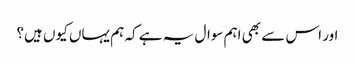
اور اس سے بھی اہم سوال یہ ہے کہ ہم یہاں کیوں ہیں؟